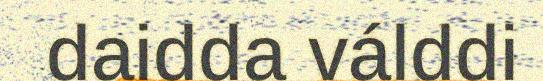
daidda válddi